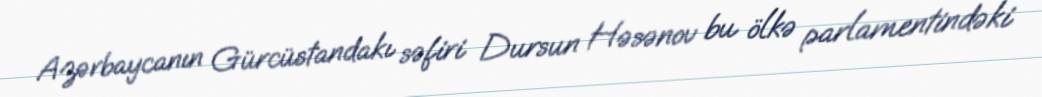
Azərbaycanın Gürcüstandakı səfiri Dursun Həsənov bu ölkə parlamentindəki